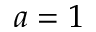
a = 1